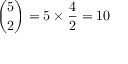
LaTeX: { \binom { 5 } { 2 } } = 5 \times { \frac { 4 } { 2 } } = 1 0